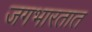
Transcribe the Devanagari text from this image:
जगभारतात